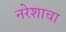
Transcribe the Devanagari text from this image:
नरेशाचा